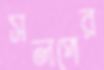
সলপের